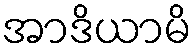
အာဒိယာမိ